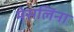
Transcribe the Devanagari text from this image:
मेसलिना